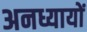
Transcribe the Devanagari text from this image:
अनध्यायों